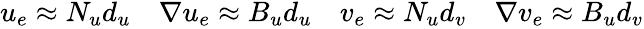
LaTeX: \begin{array}{cccc}{u_{e}\approx N_{u}d_{u}}&{\nabla u_{e}\approx B_{u}d_{u}}&{v_{e}\approx N_{u}d_{v}}&{\nabla v_{e}\approx B_{u}d_{v}}\end{array}